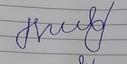
Signature authenticity: forged